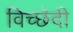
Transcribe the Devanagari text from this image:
विच्छेदी